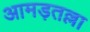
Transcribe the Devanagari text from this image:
आमड़तल्ला